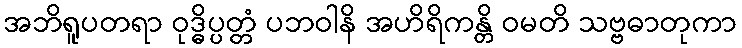
အဘိရူပတရာ ဝုဒ္ဓိပ္ပတ္တံ ပဘဝါနိ အဟိရိကန္တိ ဝမတိ သဗ္ဗဓာတုကာ